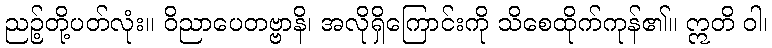
ညဉ့်တို့ပတ်လုံး။ ဝိညာပေတဗ္ဗာနိ၊ အလိုရှိကြောင်းကို သိစေထိုက်ကုန်၏။ ဣတိ ဝါ၊